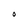
Character: O